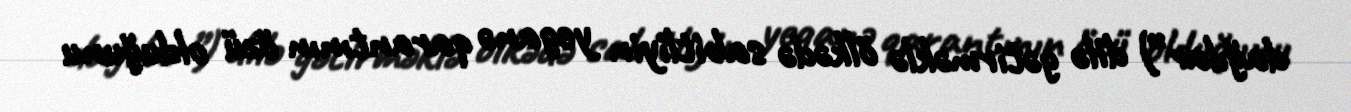
dağılar”) dilə gətirməklə ölkədə sabitliyin yeganə qarantının özü olduğunu